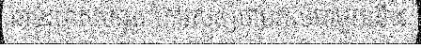
ឆាប់រហ័សបំផុត។ការសន្សំថាមពលជាមួយនឹង